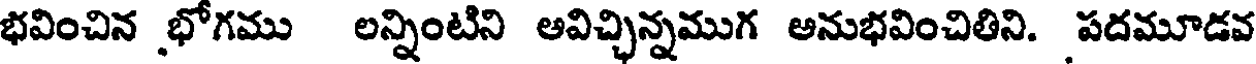
భవించిన భోగము లన్నింటిని అవిచ్చిన్నముగ అనుభవించితిని. పదమూడవ